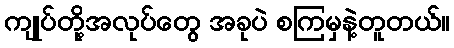
ကျုပ်တို့အလုပ်တွေ အခုပဲ စကြမှနဲ့တူတယ်။